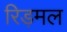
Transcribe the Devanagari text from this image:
रिड़मल